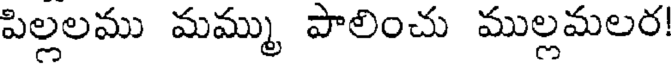
పిల్లలము మమ్ము పాలించు ముల్లమలర!